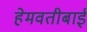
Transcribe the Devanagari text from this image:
हेमवतीबाई